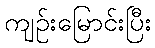
ကျဉ်းမြောင်းပြီး